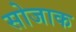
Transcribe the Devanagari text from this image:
सोजाक